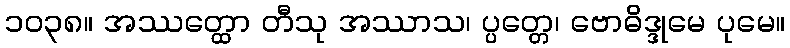
၁၀၃၈။ အဿတ္ထော တီသု အဿာသ၊ ပ္ပတ္တေ၊ ဗောဓိဒ္ဒုမေ ပုမေ။